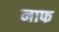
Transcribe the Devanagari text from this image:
नाफ